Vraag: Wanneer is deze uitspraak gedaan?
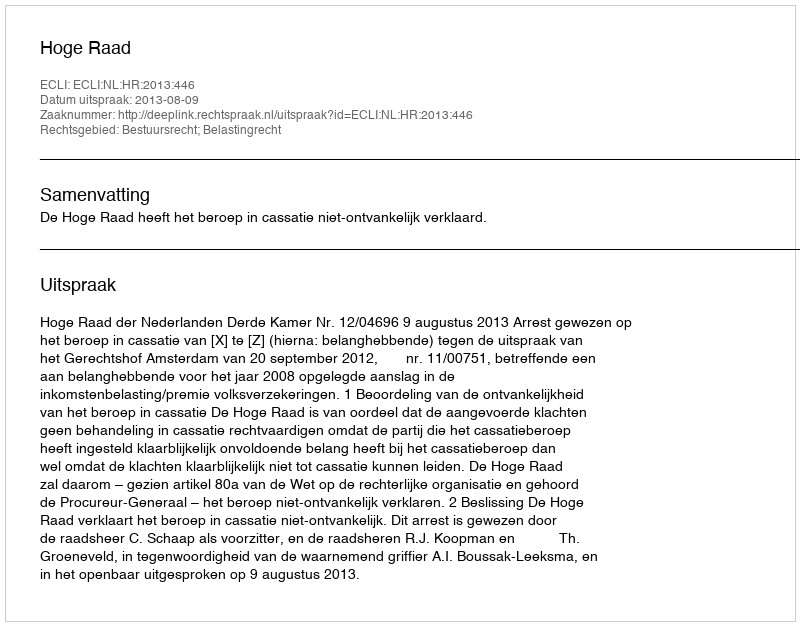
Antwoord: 2013-08-09